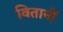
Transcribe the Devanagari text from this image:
वितानों